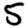
Digit: 5